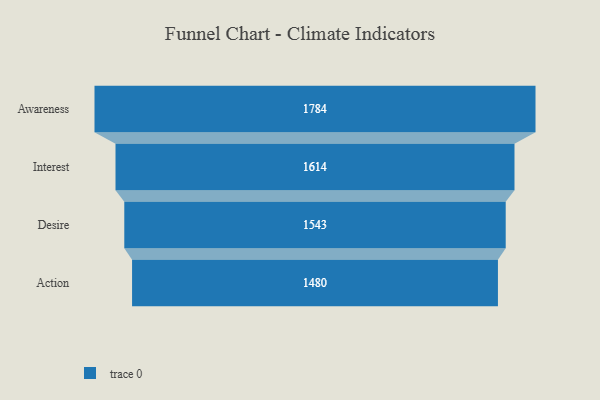
{"axis": {"x": "Stage", "y": "Value"}, "legend": [""], "data": [{"x": "Awareness", "y": 1784.0, "type": ""}, {"x": "Interest", "y": 1614.0, "type": ""}, {"x": "Desire", "y": 1543.0, "type": ""}, {"x": "Action", "y": 1480.0, "type": ""}]}